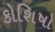
કોશિષો